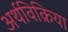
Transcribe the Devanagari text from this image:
अर्थविक्रिया